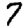
Digit: 7